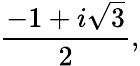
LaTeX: {\frac{-1+i{\sqrt{3}}}{2}},